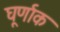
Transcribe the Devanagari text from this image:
घूर्णाक